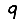
Digit: 9